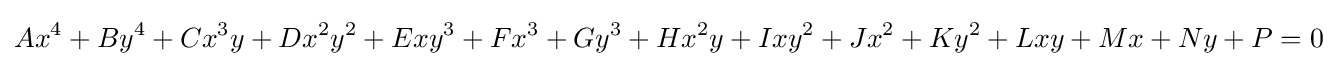
Ax^{4}+By^{4}+Cx^{3}y+Dx^{2}y^{2}+Exy^{3}+Fx^{3}+Gy^{3}+Hx^{2}y+Ixy^{2}+Jx^{2}+Ky^{2}+Lxy+Mx+Ny+P=0